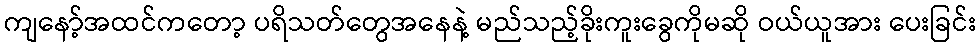
ကျနော့်အထင်ကတော့ ပရိသတ်တွေအနေနဲ့ မည်သည့်ခိုးကူးခွေကိုမဆို ဝယ်ယူအား ပေးခြင်း